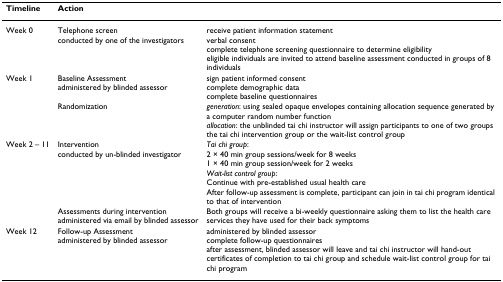
<table><thead><tr><td><b>Timeline</b></td><td><b>Action</b></td><td></td></tr></thead><tbody><tr><td>Week 0</td><td>Telephone screenconducted by one of the investigators</td><td>receive patient information statementverbal consentcomplete telephone screening questionnaire to determine eligibilityeligible individuals are invited to attend baseline assessment conducted in groups of 8 individuals</td></tr><tr><td>Week 1</td><td>Baseline Assessmentadministered by blinded assessor</td><td>sign patient informed consentcomplete demographic datacomplete baseline questionnaires</td></tr><tr><td></td><td>Randomization</td><td><i>generation</i>: using sealed opaque envelopes containing allocation sequence generated by a computer random number function<i>allocation</i>: the unblinded tai chi instructor will assign participants to one of two groups the tai chi intervention group or the wait-list control group</td></tr><tr><td>Week 2 – 11</td><td>Interventionconducted by un-blinded investigator</td><td><i>Tai chi group</i>:2 × 40 min group sessions/week for 8 weeks1 × 40 min group session/week for 2 weeks</td></tr><tr><td></td><td></td><td><i>Wait-list control group</i>:Continue with pre-established usual health careAfter follow-up assessment is complete, participant can join in tai chi program identical to that of intervention</td></tr><tr><td></td><td>Assessments during interventionadministered via email by blinded assessor</td><td>Both groups will receive a bi-weekly questionnaire asking them to list the health care services they have used for their back symptoms</td></tr><tr><td>Week 12</td><td>Follow-up Assessmentadministered by blinded assessor</td><td>administered by blinded assessorcomplete follow-up questionnairesafter assessment, blinded assessor will leave and tai chi instructor will hand-out certificates of completion to tai chi group and schedule wait-list control group for tai chi program</td></tr></tbody></table>